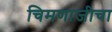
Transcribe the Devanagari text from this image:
चिमणाजीचा